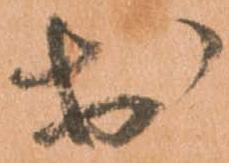
於